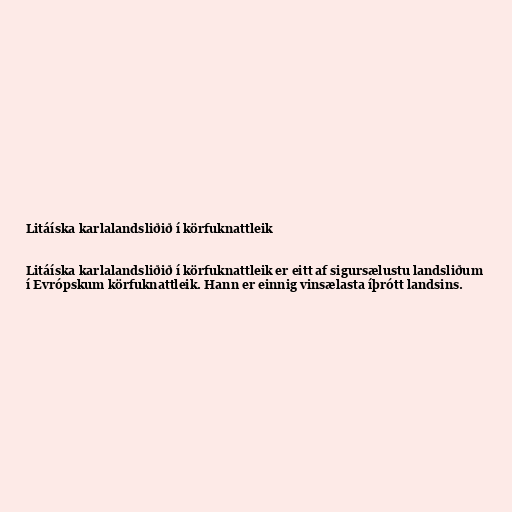
Litáíska karlalandsliðið í körfuknattleik

Litáíska karlalandsliðið í körfuknattleik er eitt af sigursælustu landsliðum
í Evrópskum körfuknattleik. Hann er einnig vinsælasta íþrótt landsins.